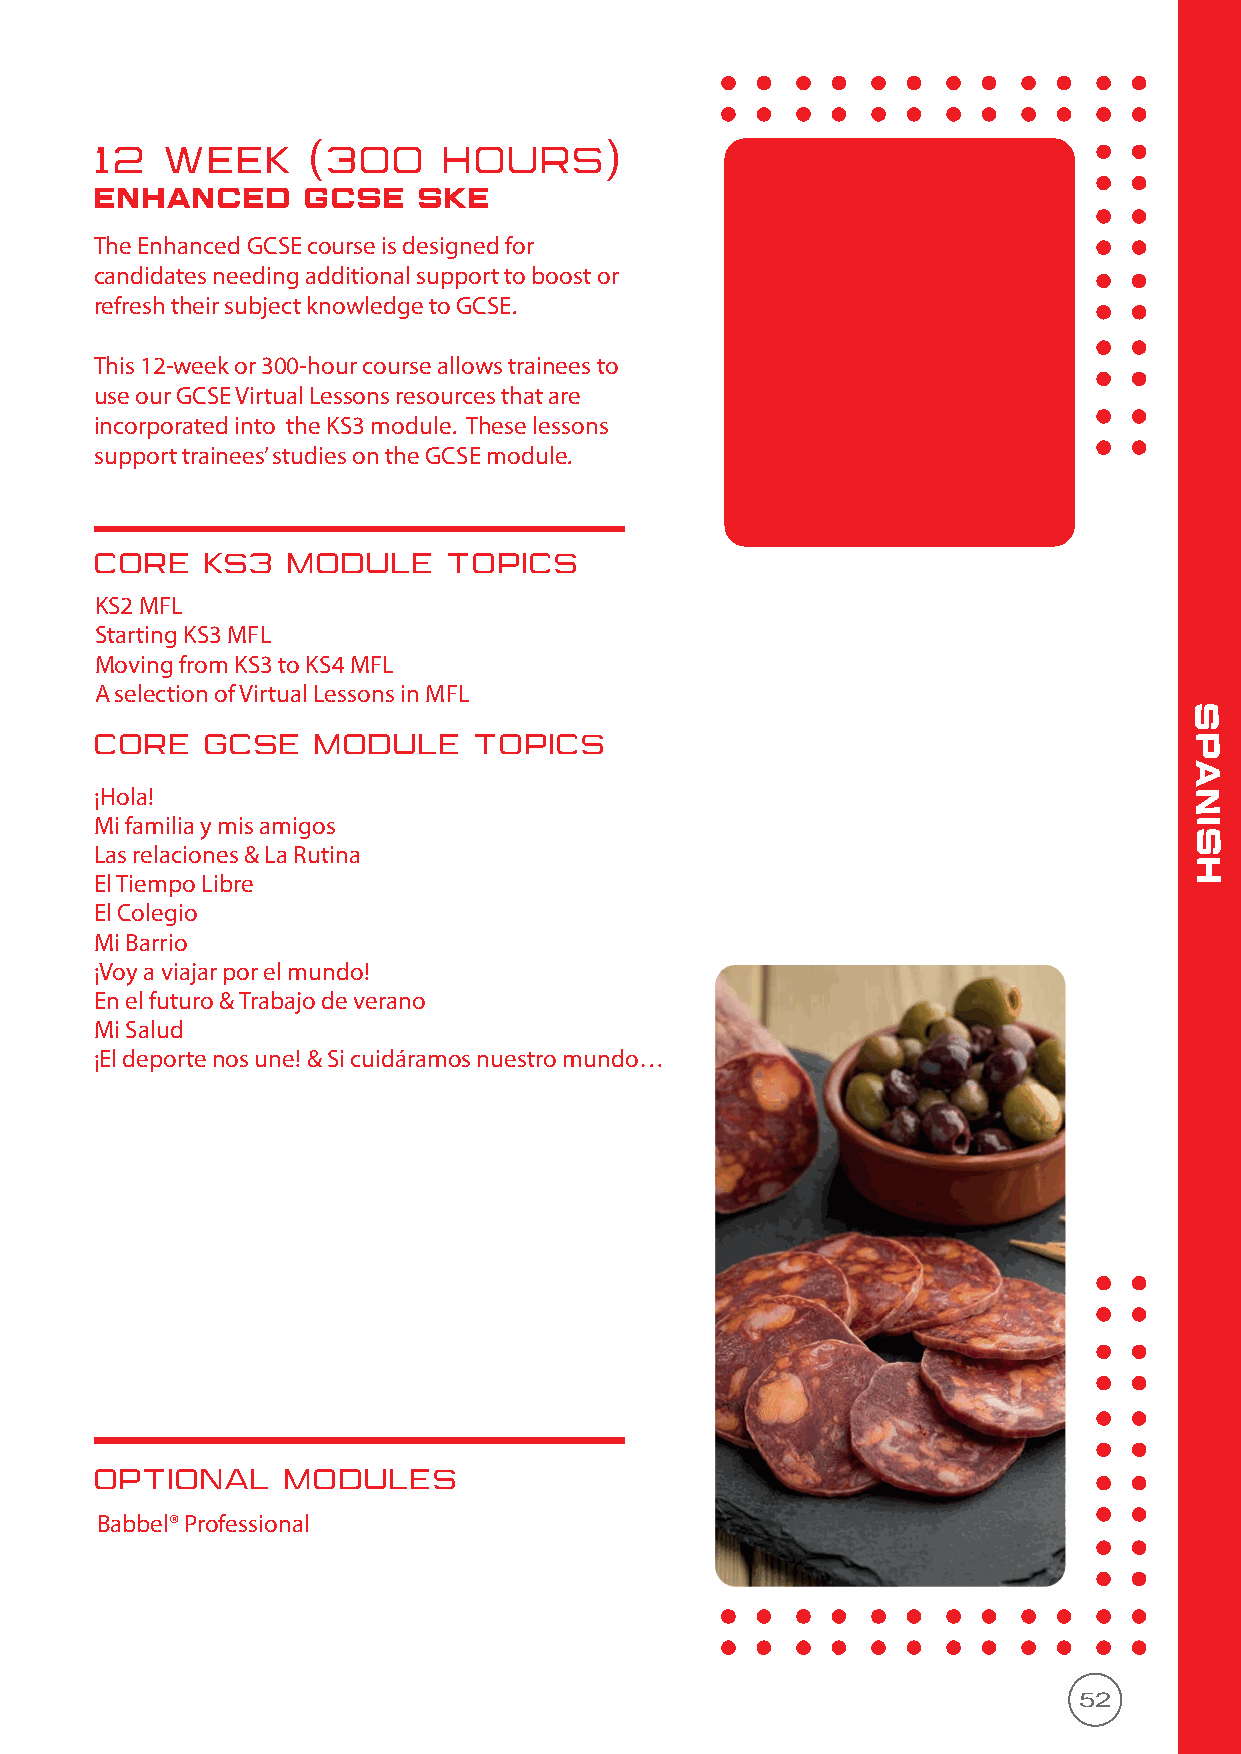
12   WEEK     (300     HOURS)
 enhanced      GCSE    SKE
 The Enhanced GCSE course is designed for
 candidates needing additional support to boost or
 refresh their subject knowledge to GCSE.
 This 12-week or 300-hour course allows trainees to
 use our GCSE Virtual Lessons resources that are
 incorporated into the KS3 module. These lessons
 support trainees’ studies on the GCSE module.
 CORE   KS3   MODULE     TOPICS
 KS2 MFL
 Starting KS3 MFL
 Moving from KS3 to KS4 MFL
 A selection of Virtual Lessons in MFL
 s
 CORE   GCSE    MODULE    TOPICS                                          p
 a
 ¡Hola!                                                                   n
 Mi familia y mis amigos                                                  i
 s
 Las relaciones & La Rutina
 h
 El Tiempo Libre
 El Colegio
 Mi Barrio
 ¡Voy a viajar por el mundo!
 En el futuro & Trabajo de verano
 Mi Salud
 ¡El deporte nos une! & Si cuidáramos nuestro mundo…
 OPTIONAL     MODULES
 Babbel® Professional
 52